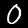
Label: 0